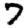
Digit: 7